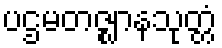
ပဌမတဇ္ဈာနသုတ္တံ